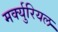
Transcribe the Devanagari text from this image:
मर्क्युरियल